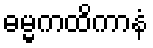
ဓမ္မကထိကာနံ